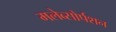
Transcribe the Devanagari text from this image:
मलेब्सोर्पशन